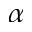
\alpha